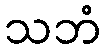
သဘံ